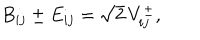
B _ { i j } \pm E _ { i j } = \sqrt { 2 } \, V _ { i j } ^ { \pm } ,